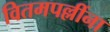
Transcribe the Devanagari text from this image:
वितमपल्लींना